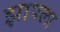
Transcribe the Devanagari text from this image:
झापला